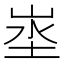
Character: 埊